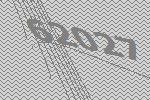
62027